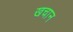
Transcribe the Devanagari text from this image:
खचान